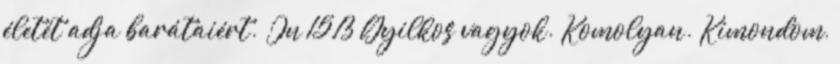
életét adja barátaiért.” Jn 15,13 Gyilkos vagyok. Komolyan. Kimondom,